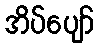
အိပ်ပျော်